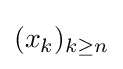
(x_{k})_{k\geq n}